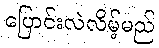
ပြောင်းလဲလိမ့်မည်